Development of the Leishman-Donovan parasite in Cimex rotundatus - Number 31
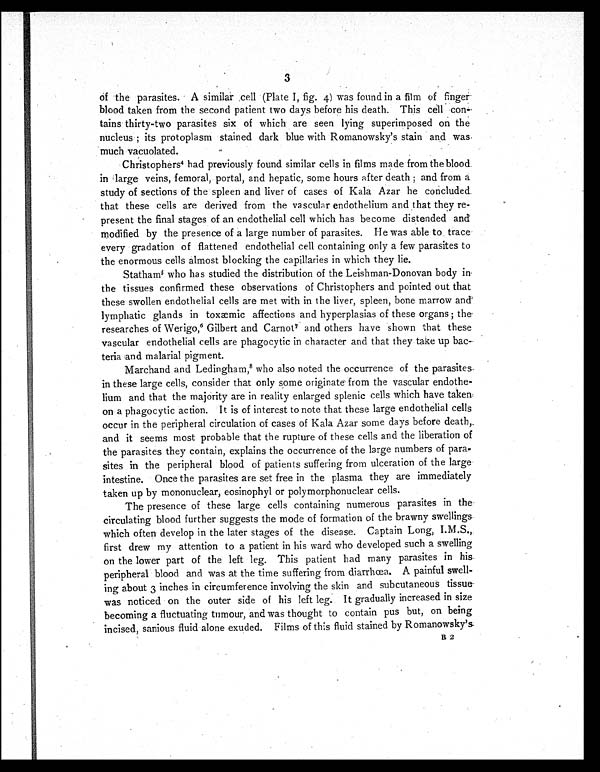
3
of the parasites. A. similar cell (Plate I, fig. 4) was found in a film of finger
blood taken from the second patient two days before his death. This cell con
- t a i n s t h i r t y - t w o p a r a s i t e s s i x o f w h i c h a r e s e e n l y i n g s u p e r i m p o s e d o n t h e
nucleus ; its protoplasm stained dark blue with Romanowsky's stain and was
much vacuolated.
Christophers4 had previously found similar cells in films made from the blood
in large veins, femoral, portal, and hepatic, some hours after death ; and from a
study of sections of the spleen and liver of cases of Kala Azar he concluded
that these cells are derived from the vascular endothelium and that they re-
present the final stages of an endothelial cell which has become distended and
modified by the presence of a large number of parasites. He was able to trace
every gradation of flattened endothelial cell containing only a few parasites to
the enormous cells almost blocking the capillaries in which they lie.
Statham5 w h o h a s s t u d i e d t h e d i s t r i b u t i o n o f t h e L e i s h m a n - D o n o v a n b o d y i n
the tissues confirmed these observations of Christophers and pointed out that
these swollen endothelial cells are met with in the liver, spleen, bone marrow and
lymphatic glands in toxæmic affections and hyperplasias of these organs ; the
researches of Werigo, 6 Gilbert and Carnot 7 a n d o t h e r s h a v e s h o w n t h a t t h e s e
vascular endothelial cells are phagocytic in character and that they take up bac-
teria and malarial pigment.
Marchand and Ledingham,8 who also noted the occurrence of the parasites
in these large cells, consider that only some originate from the vascular endothe-
lium and that the majority are in reality enlarged splenic cells which have taken
on a phagocytic action. It is of interest to note that these large endothelial cells
occur in the peripheral circulation of cases of Kala Azar some days before death,
and it seems most probable that the rupture of these cells and the liberation of
the parasites they contain, explains the occurrence of the large numbers of para-
sites in the peripheral blood of patients suffering from ulceration of the large
intestine. Once the parasites are set free in the plasma they are immediately
taken up by mononuclear, eosinophyl or polymorphonuclear cells.
The presence of these large cells containing numerous parasites in the
circulating blood further suggests the mode of formation of the brawny swellings
which often develop in the later stages of the disease. Captain Long, I.M.S.,
first drew my attention to a patient in his ward who developed such a swelling
on the lower part of the left leg. This patient had many parasites in his
peripheral blood and was at the time suffering from diarrhœa. A painful swell-
ing about 3 inches in circumference involving the skin and subcutaneous tissue
was noticed on the outer side of his left leg. It gradually increased in size
becoming a fluctuating tumour, and was thought to contain pus but, on being
incised, sanious fluid alone exuded. Films of this fluid stained by Romanowsky's
B 2